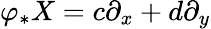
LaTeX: \varphi_{*}X=c\partial_{x}+d\partial_{y}